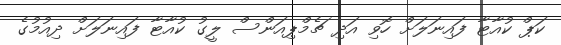
ކަޕް ކުއާޓާ ފައިނަލަށް ހޮވި އަދި ޗެމްޕިއަންސް ލީގު ކުއާޓާ ފައިނަލަށް ދިއުމުގެ